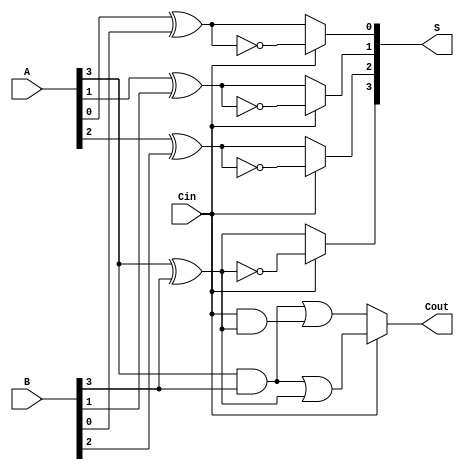
module ConditionalSumAdder #(parameter n = 4) (
    input [n-1:0] A,      // First n-bit input
    input [n-1:0] B,      // Second n-bit input
    input Cin,            // Carry-in
    output [n-1:0] S,     // n-bit sum output
    output Cout           // Carry-out
);

    wire [n-1:0] S0, S1;  // Sums assuming carry-in = 0 and carry-in = 1
    wire [n-1:0] C0, C1;  // Carry-outs for both cases

    // Generate sums and carry-outs for each bit position
    genvar i;
    generate
        for (i = 0; i < n; i = i + 1) begin : CSA_bit
            // Sum assuming carry-in = 0
            assign S0[i] = A[i] ^ B[i] ^ 0;
            assign C0[i] = (A[i] & B[i]) | (Cin & (A[i] ^ B[i]));

            // Sum assuming carry-in = 1
            assign S1[i] = A[i] ^ B[i] ^ 1;
            assign C1[i] = (A[i] & B[i]) | (1 & (A[i] ^ B[i]));
        end
    endgenerate

    // Select the appropriate sum and carry-out based on the carry-in
    generate
        for (i = 0; i < n; i = i + 1) begin : Sum_Select
            assign S[i] = Cin ? S1[i] : S0[i];
        end
    endgenerate

    // Final carry-out is determined by the last bit's carry-out
    assign Cout = Cin ? C1[n-1] : C0[n-1];

endmodule